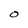
Character: O